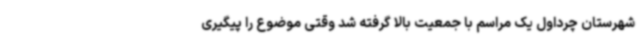
شهرستان چرداول یک مراسم با جمعیت بالا گرفته شد وقتی موضوع را پیگیری